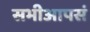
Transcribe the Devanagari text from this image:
सभीआपसं